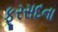
ફૂરસદના